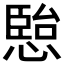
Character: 𭞏